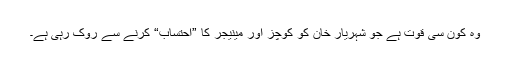
وہ کون سی قوت ہے جو شہریار خان کو کوچز اور مینیجر کا ”احتساب“ کرنے سے روک رہی ہے۔